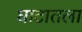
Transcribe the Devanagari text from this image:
घाटातला